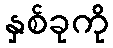
နှစ်ခုကို